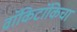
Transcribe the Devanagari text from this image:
वॉकिटॉकिचा